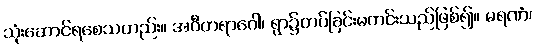
သုံးဆောင်ရစေသတည်း။ အဝီတရာဂေါ၊ ရွာ၌တပ်ခြင်းမကင်းသည်ဖြစ်၍။ မရဏံ၊